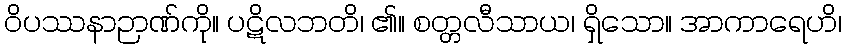
ဝိပဿနာဉာဏ်ကို။ ပဋိလဘတိ၊ ၏။ စတ္တလီသာယ၊ ရှိသော။ အာကာရေဟိ၊